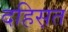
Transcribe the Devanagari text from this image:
दहिस़त